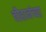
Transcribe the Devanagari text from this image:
चौहानंच्या